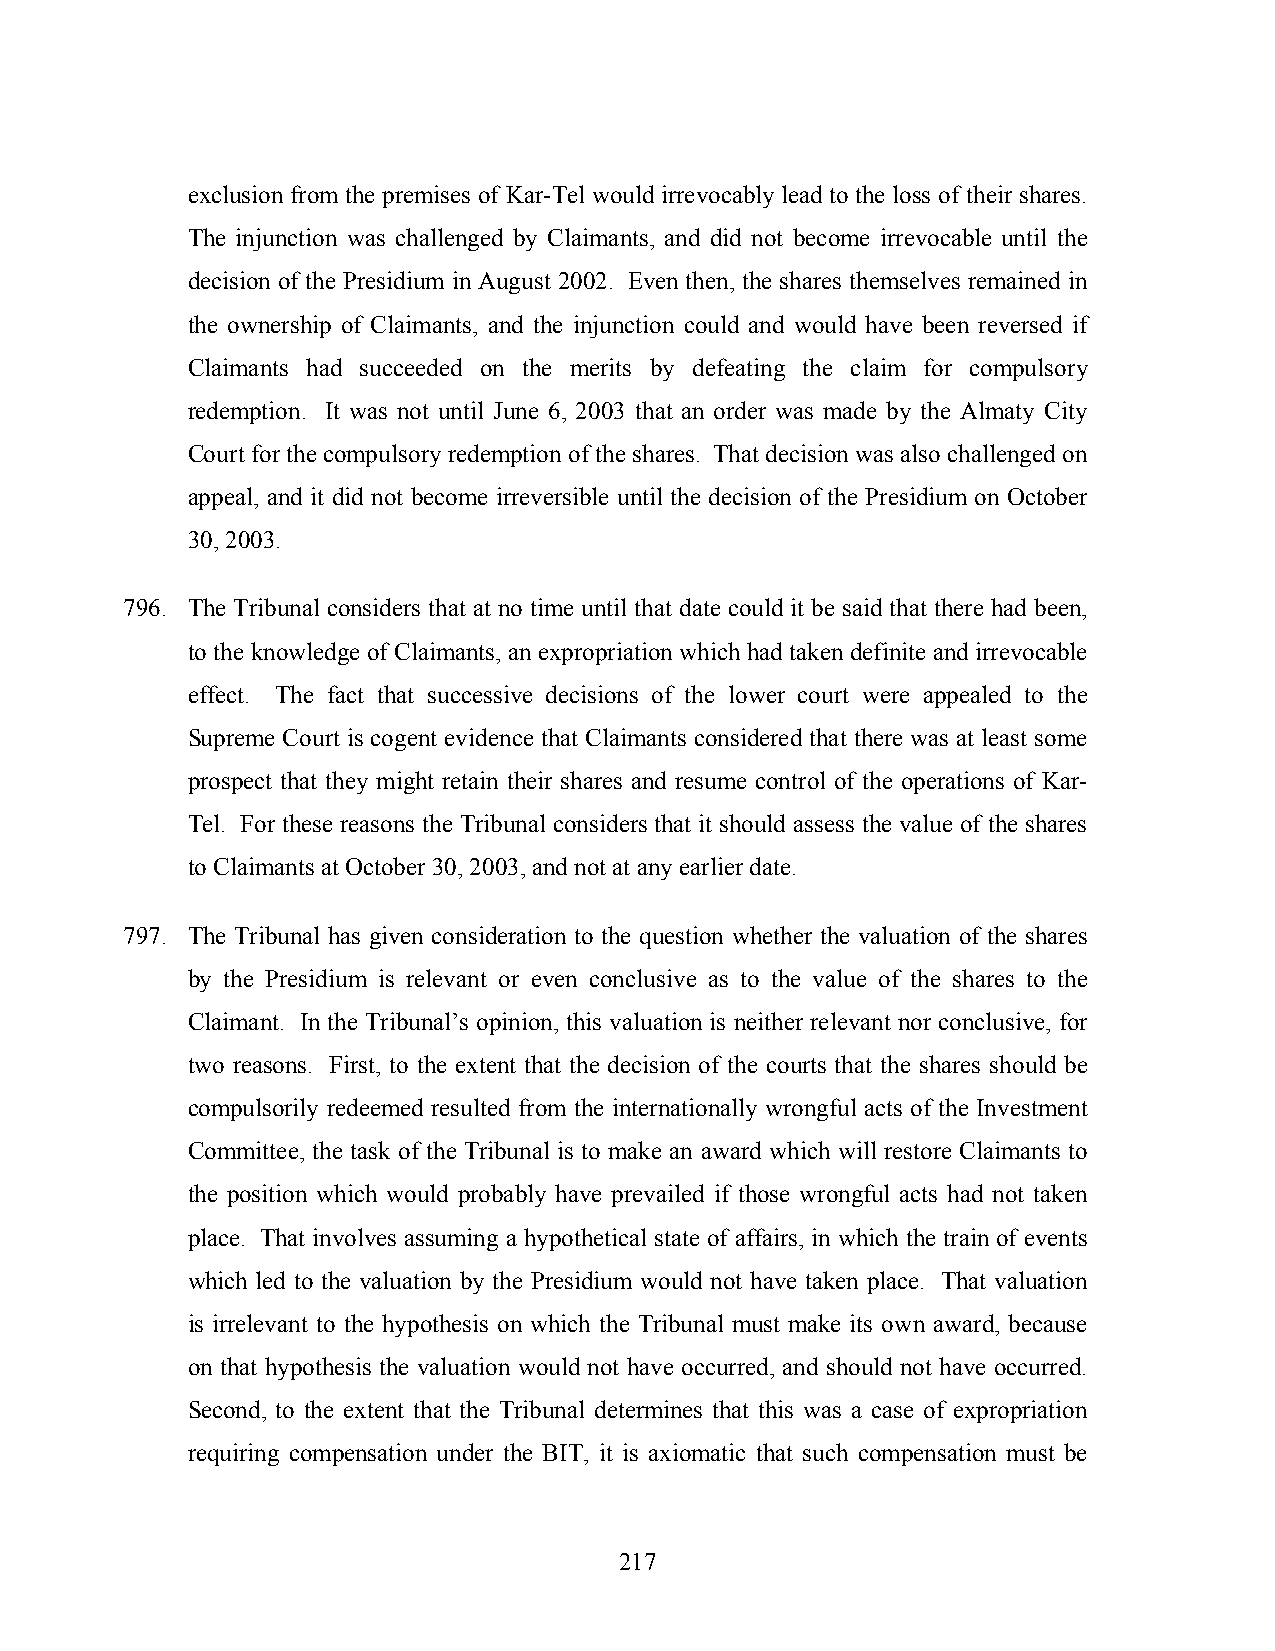
exclusion from the premises of Kar-Tel would irrevocably lead to the loss of their shares.
 The injunction was challenged by Claimants, and did not become irrevocable until the
 decision of the Presidium in August 2002. Even then, the shares themselves remained in
 the ownership of Claimants, and the injunction could and would have been reversed if
 Claimants had succeeded on the merits by defeating the claim for compulsory
 redemption. It was not until June 6, 2003 that an order was made by the Almaty City
 Court for the compulsory redemption of the shares. That decision was also challenged on
 appeal, and it did not become irreversible until the decision of the Presidium on October
 30, 2003.
 796. The Tribunal considers that at no time until that date could it be said that there had been,
 to the knowledge of Claimants, an expropriation which had taken definite and irrevocable
 effect. The fact that successive decisions of the lower court were appealed to the
 Supreme Court is cogent evidence that Claimants considered that there was at least some
 prospect that they might retain their shares and resume control of the operations of Kar-
 Tel. For these reasons the Tribunal considers that it should assess the value of the shares
 to Claimants at October 30, 2003, and not at any earlier date.
 797. The Tribunal has given consideration to the question whether the valuation of the shares
 by the Presidium is relevant or even conclusive as to the value of the shares to the
 Claimant. In the Tribunal’s opinion, this valuation is neither relevant nor conclusive, for
 two reasons. First, to the extent that the decision of the courts that the shares should be
 compulsorily redeemed resulted from the internationally wrongful acts of the Investment
 Committee, the task of the Tribunal is to make an award which will restore Claimants to
 the position which would probably have prevailed if those wrongful acts had not taken
 place. That involves assuming a hypothetical state of affairs, in which the train of events
 which led to the valuation by the Presidium would not have taken place. That valuation
 is irrelevant to the hypothesis on which the Tribunal must make its own award, because
 on that hypothesis the valuation would not have occurred, and should not have occurred.
 Second, to the extent that the Tribunal determines that this was a case of expropriation
 requiring compensation under the BIT, it is axiomatic that such compensation must be
 217